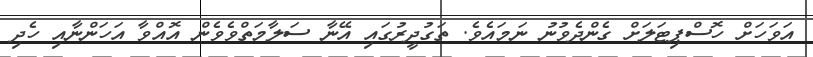
އަވަހަށް ހޮސްޕިޓަލަށް ގެންދެވުނު ނަމައެވެ. ތަގުދީރުގައި އޭނާ ސަލާމަތްވެވެން އޮއްވާ އަހަންނާއި ހެދި